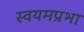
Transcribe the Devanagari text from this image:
स्वयमप्रभा